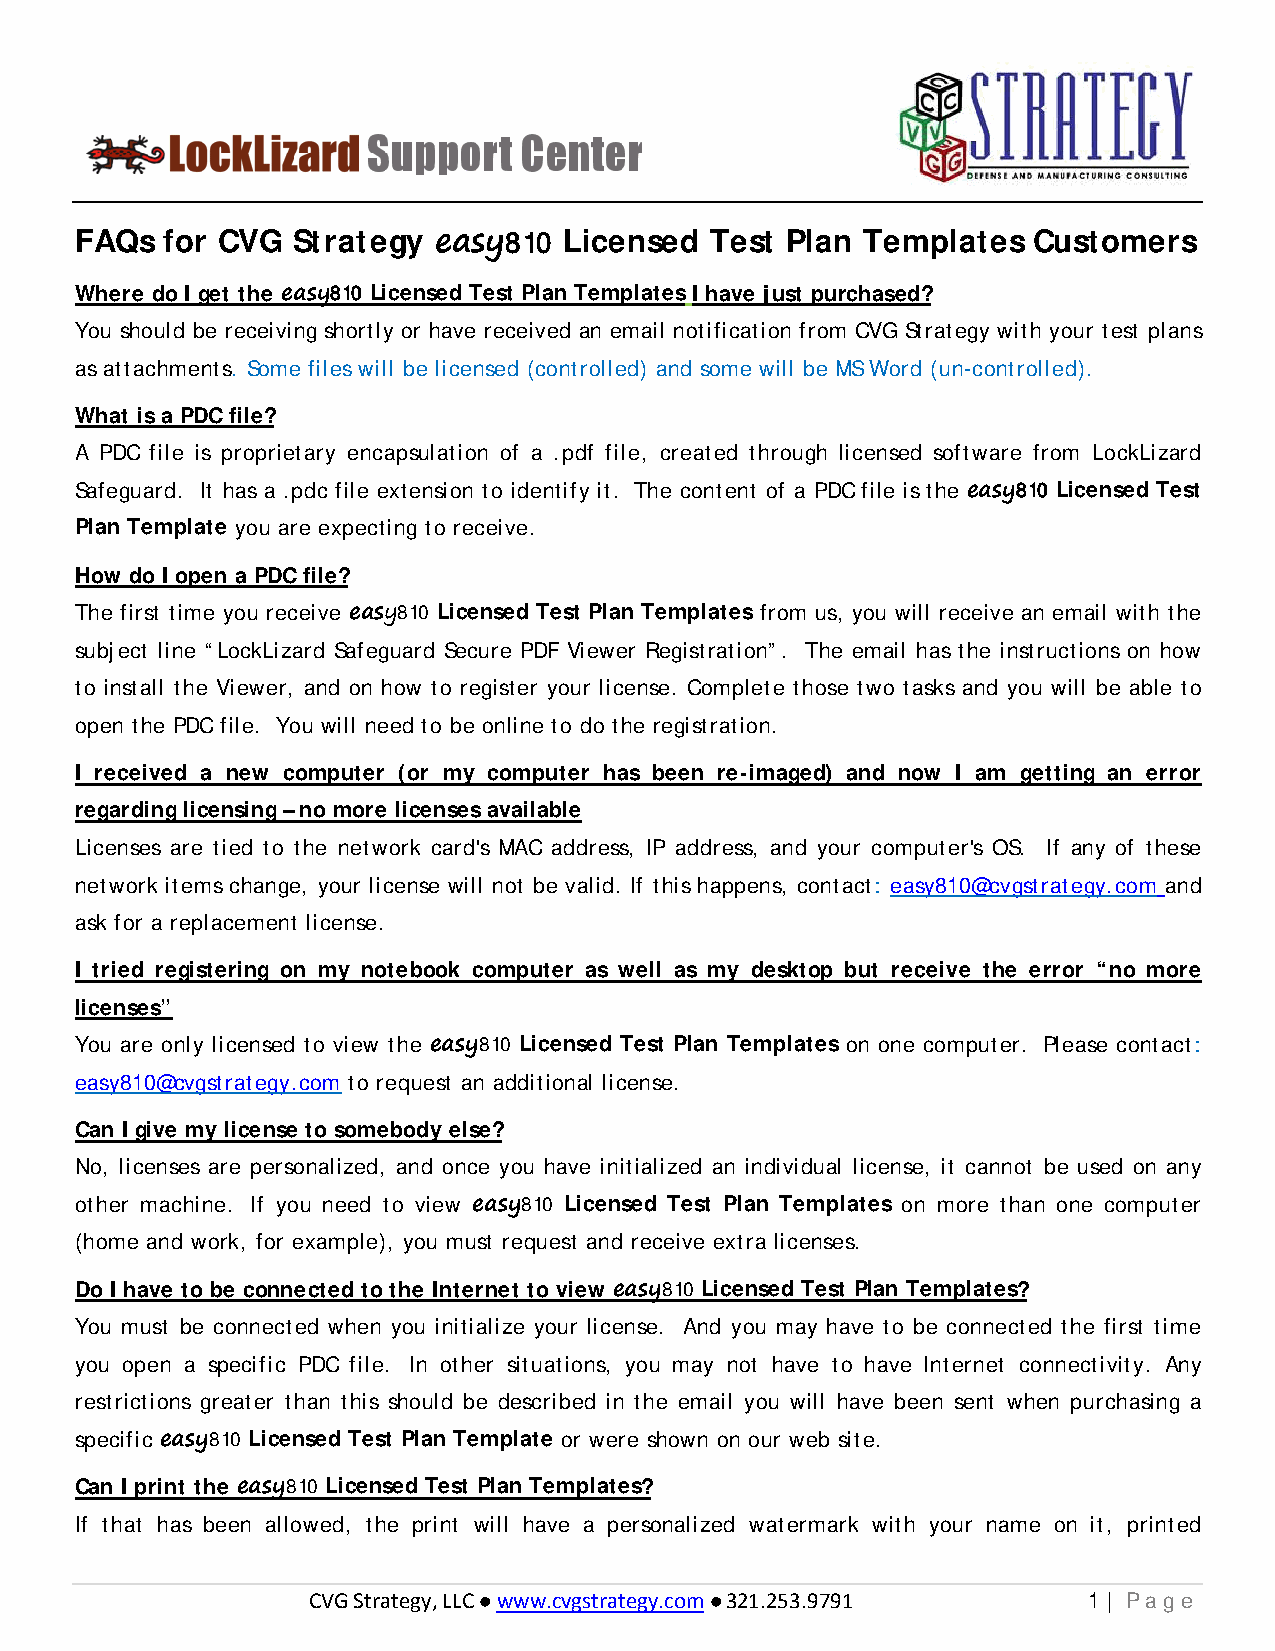
FAQs  for CVG Strategy  easy810 Licensed  Test Plan Templates  Customers
 Where do I get the easy810 Licensed Test Plan Templates I have just purchased?
 You should be receiving shortly or have received an email notification from CVG Strategy with your test plans
 as attachments. Some files will be licensed (controlled) and some will be MS Word (un-controlled).
 What is a PDC file?
 A PDC file is proprietary encapsulation of a .pdf file, created through licensed software from LockLizard
 Safeguard. It has a .pdc file extension to identify it. The content of a PDC file is the easy810 Licensed Test
 Plan Template you are expecting to receive.
 How do I open a PDC file?
 The first time you receive easy810 Licensed Test Plan Templates from us, you will receive an email with the
 subject line “LockLizard Safeguard Secure PDF Viewer Registration”. The email has the instructions on how
 to install the Viewer, and on how to register your license. Complete those two tasks and you will be able to
 open the PDC file. You will need to be online to do the registration.
 I received a new computer (or my computer has been re-imaged) and now I am getting an error
 regarding licensing – no more licenses available
 Licenses are tied to the network card's MAC address, IP address, and your computer's OS. If any of these
 network items change, your license will not be valid. If this happens, contact: easy810@cvgstrategy.com and
 ask for a replacement license.
 I tried registering on my notebook computer as well as my desktop but receive the error “no more
 licenses”
 You are only licensed to view the easy810 Licensed Test Plan Templates on one computer. Please contact:
 easy810@cvgstrategy.com to request an additional license.
 Can I give my license to somebody else?
 No, licenses are personalized, and once you have initialized an individual license, it cannot be used on any
 other machine. If you need to view easy810 Licensed Test Plan Templates on more than one computer
 (home and work, for example), you must request and receive extra licenses.
 Do I have to be connected to the Internet to view easy810 Licensed Test Plan Templates?
 You must be connected when you initialize your license. And you may have to be connected the first time
 you open a specific PDC file. In other situations, you may not have to have Internet connectivity. Any
 restrictions greater than this should be described in the email you will have been sent when purchasing a
 specific easy810 Licensed Test Plan Template or were shown on our web site.
 Can I print the easy810 Licensed Test Plan Templates?
 If that has been allowed, the print will have a personalized watermark with your name on it, printed
 CVG Strategy, LLC  www.cvgstrategy.com  321.253.9791 1 | Pa ge